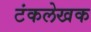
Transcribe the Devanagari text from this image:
टंकलेखक